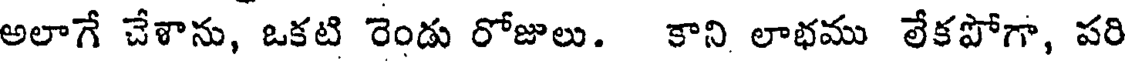
అలాగే చేశాను, ఒకటి రెండు రోజులు. కాని లాభము లేకపోగా, పరి